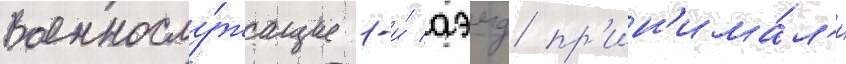
Военнослу́жащие 1-и́ аэмд пр'ин'има́л'и